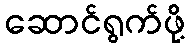
ဆောင်ရွက်ဖို့